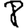
Digit: 8